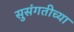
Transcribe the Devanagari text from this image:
सुसंगतीच्या